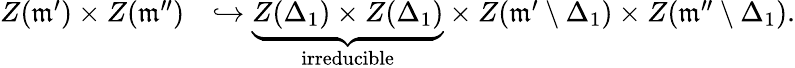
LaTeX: \begin{array}{rl}{Z(\mathfrak{m}^{\prime})\times Z(\mathfrak{m}^{\prime\prime})}&{\hookrightarrow\underbrace{Z(\Delta_{1})\times Z(\Delta_{1})}_{\mathrm{irreducible}}\times Z(\mathfrak{m}^{\prime}\setminus\Delta_{1})\times Z(\mathfrak{m}^{\prime\prime}\setminus\Delta_{1}).}\end{array}